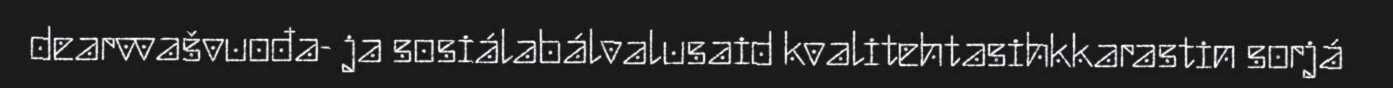
dearvvašvuođa- ja sosiálabálvalusaid kvalitehtasihkkarastin sorjá